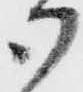
御